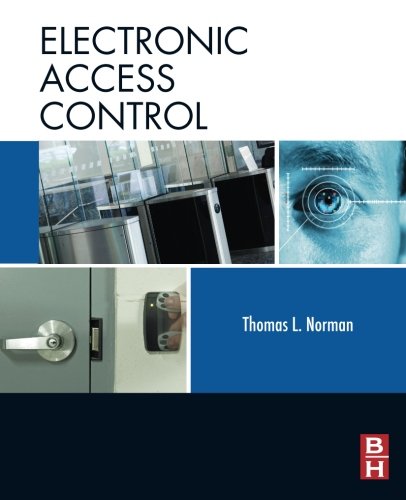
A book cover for Electronic Access Control; Thomas L. Norman; Business & Money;